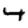
Digit: 4